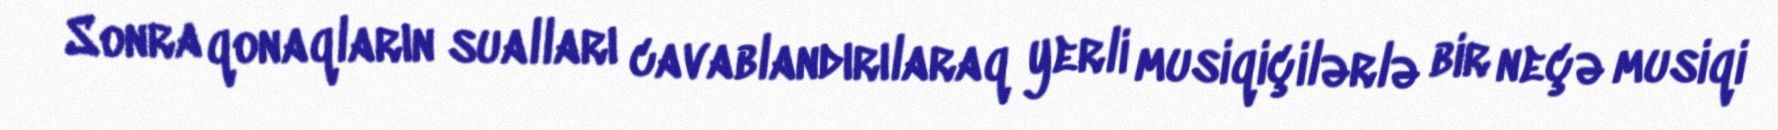
Sonra qonaqların sualları cavablandırılaraq yerli musiqiçilərlə bir neçə musiqi